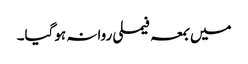
میں بمعہ فیملی روانہ ہوگیا۔